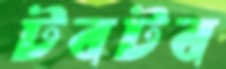
টবটব